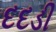
દદડી